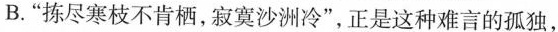
B.”拣尽寒枝不肯栖，寂寞沙洲冷”，正是这种难言的孤独，